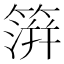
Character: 𥲂